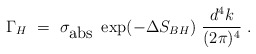
\begin{align*}\Gamma_H~=~\sigma_{\mbox {abs}}~\exp(-\Delta S_{BH})~ \frac{d^4k}{(2\pi)^4}~.\end{align*}